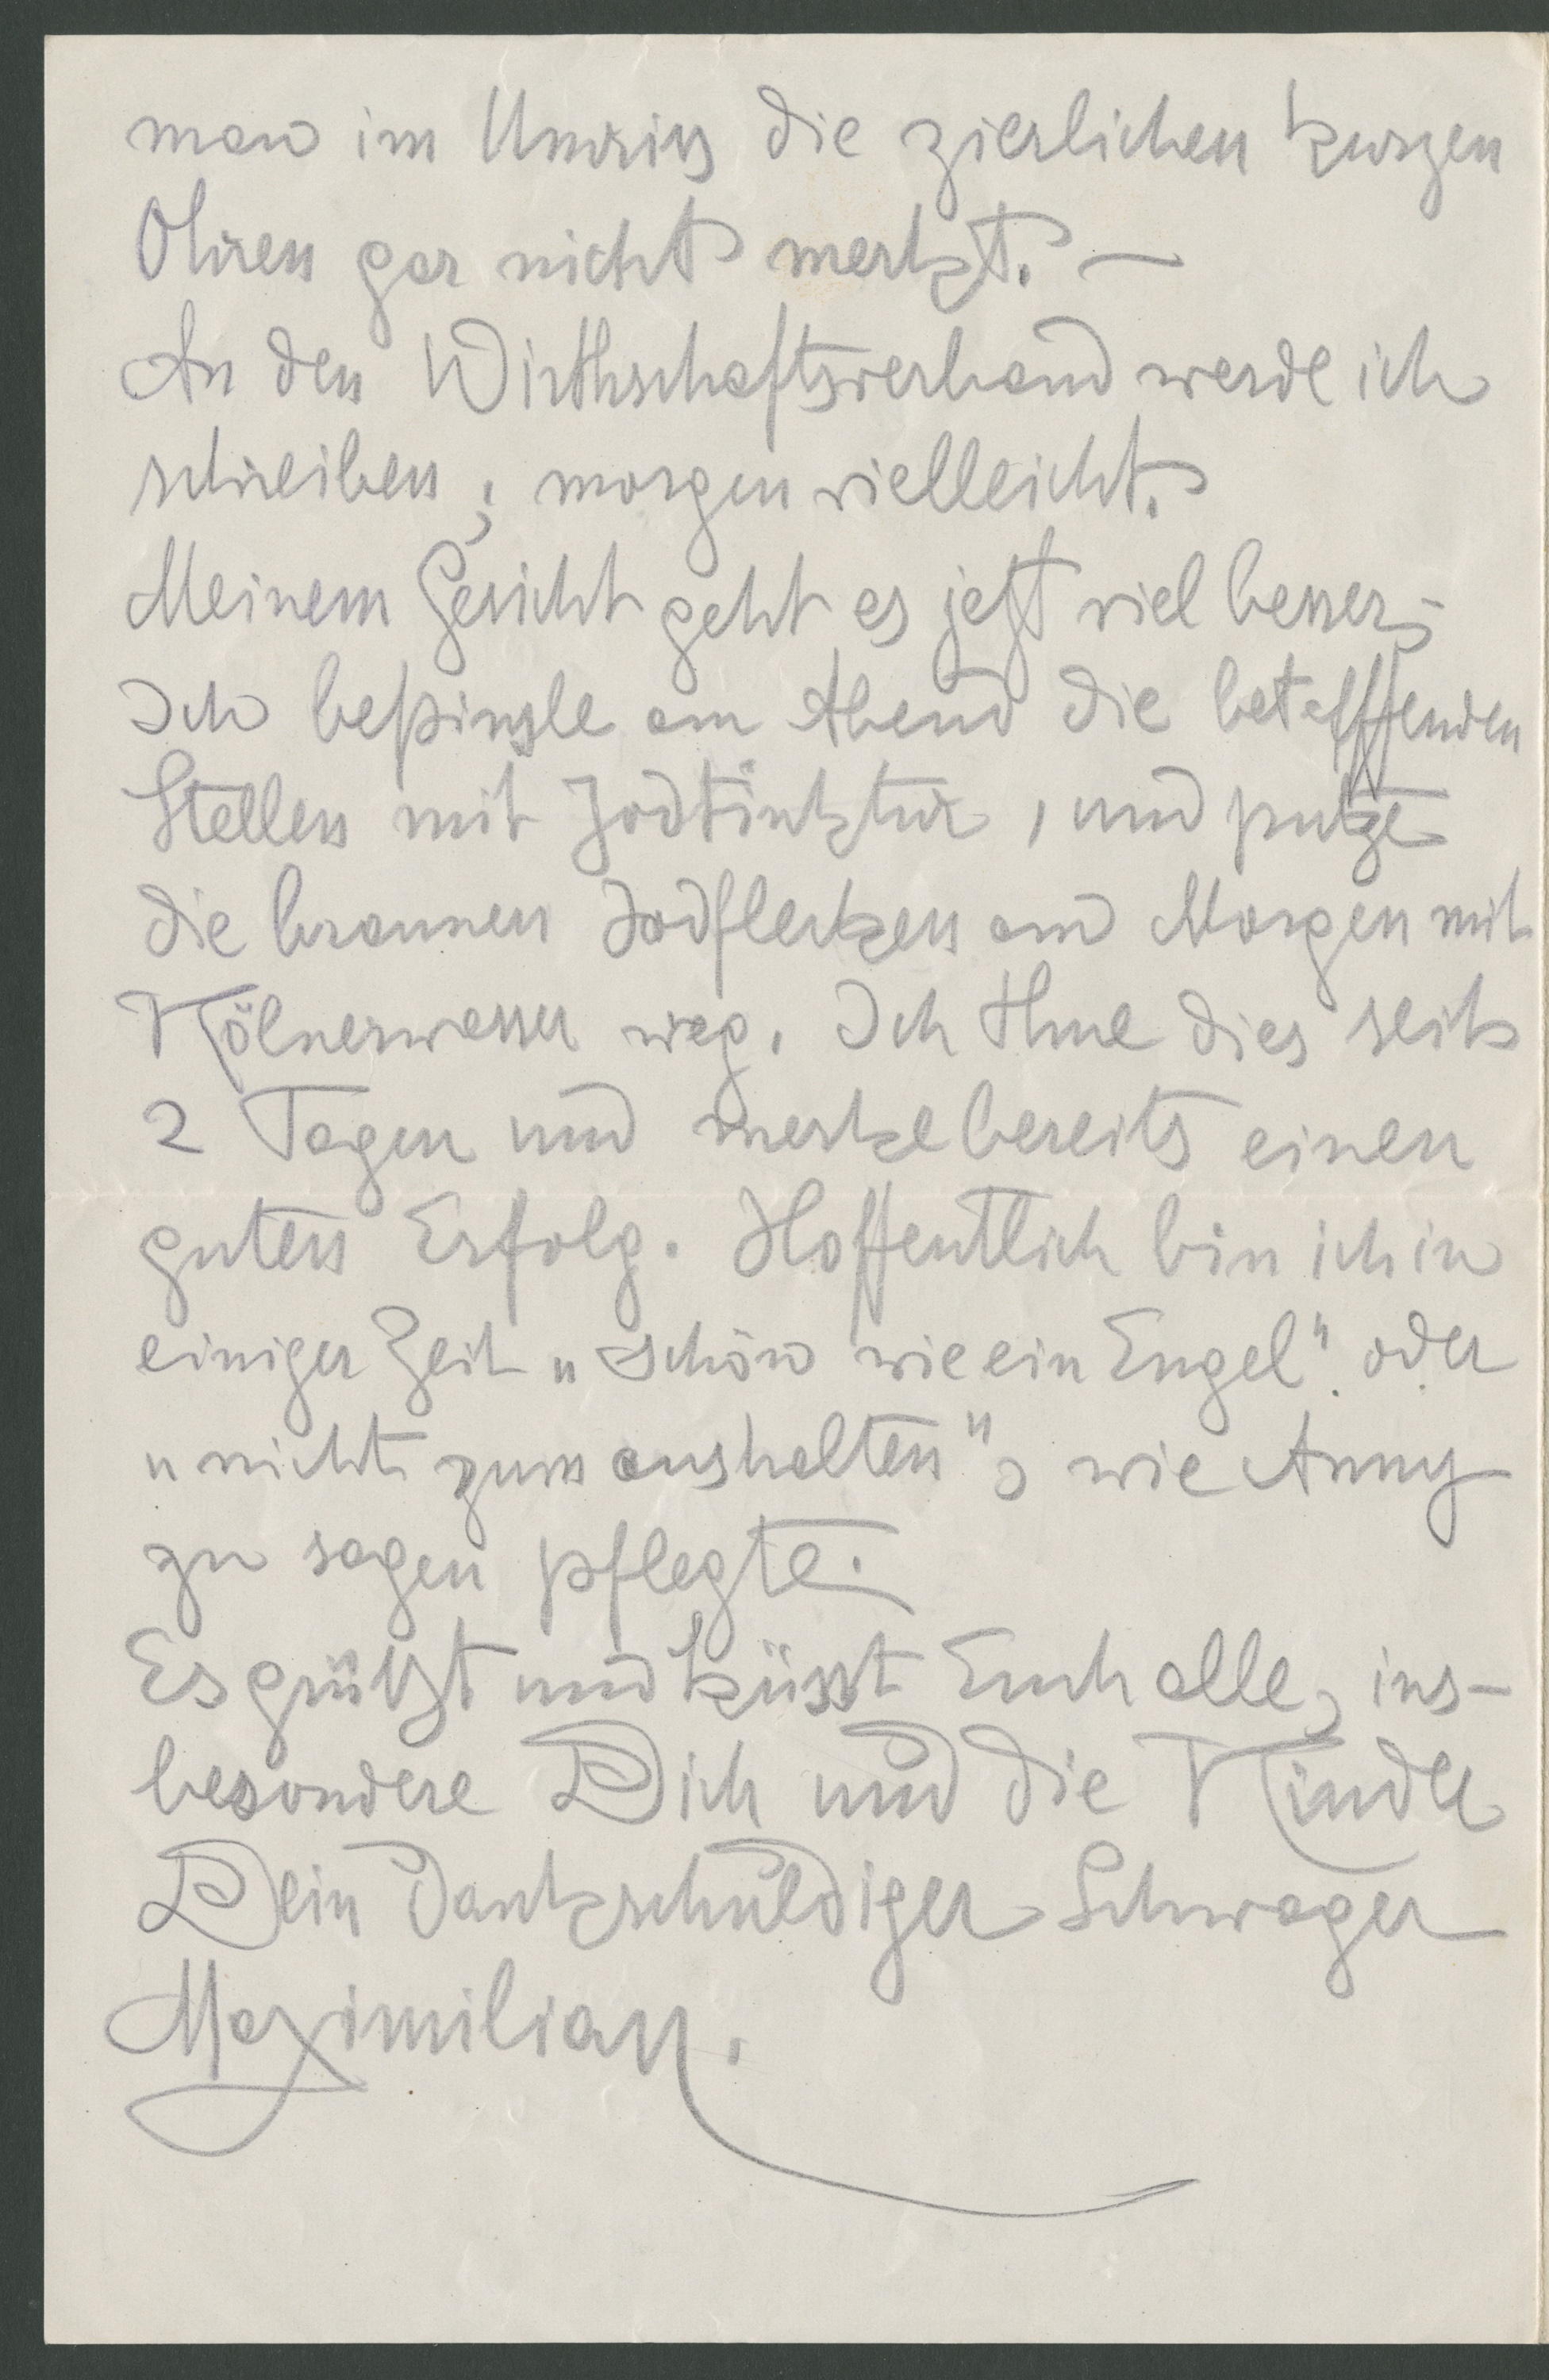
man im Umriss die zierlichen kurzen
Ohren gar nicht merkt.
An den Wirthschaftsverband werde ich
schreiben; morgen vielleicht.
Meinem Gesicht geht es jetzt viel besser,
Ich bepinsle am Abend die betreffenden
Stellen mit Jodtinktur, und putze
die braunen Hodflecken am Morgen mit
Kölnerwasser weg. Ich thue dies eit
2 Tagen und merke bereits einen
guten Erfolg. Hoffentlich bin ich in
einiger Zeit "schön wie ein Engel" oder
"Nicht zum aushlaten", wie Anny
zu sagen pflegte.
Es grüßt und küsst Euch alle, ins-
besondere Dich und die Kinder
Dein dankschuldiger Schwager
Maximilian.